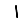
Digit: 1